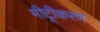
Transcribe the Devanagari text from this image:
मीट्रीकरण